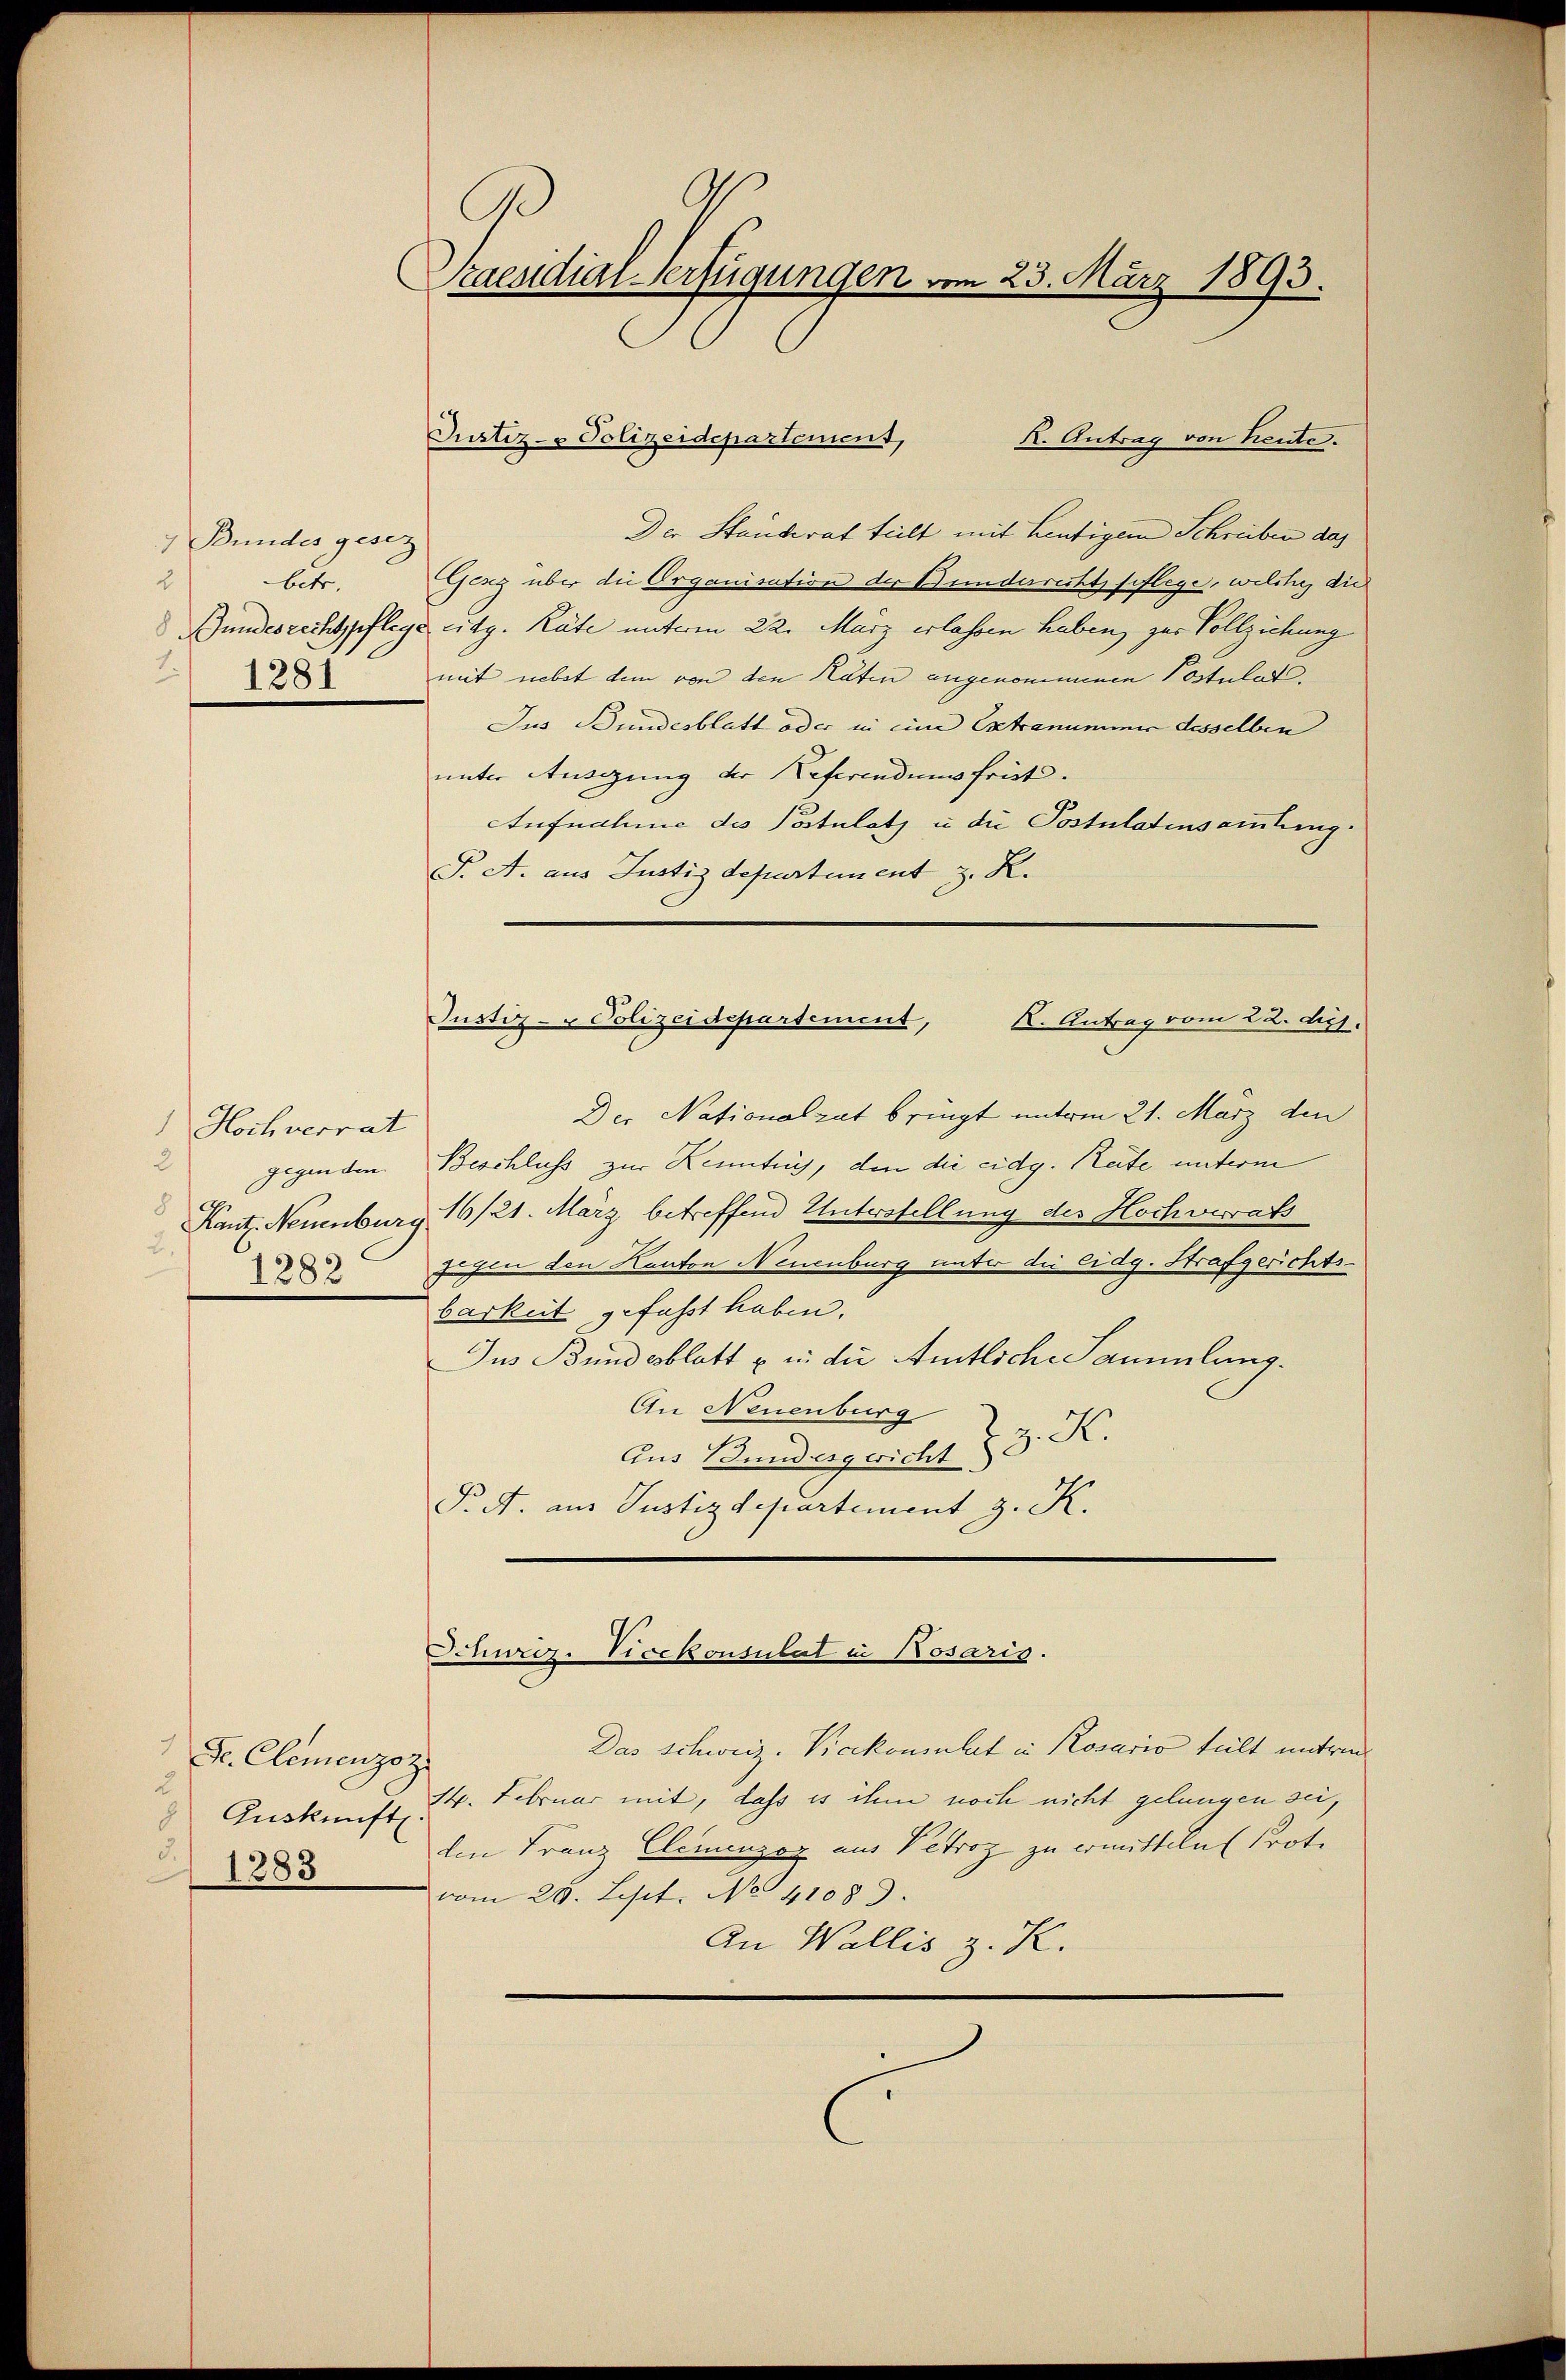
Bundes gesez
betr.
2
2) 1281

Hochverrat
8
2.
1282

Dr. Clemenzo z
2
Auskunft
3.
1283

Ad 6.
Praesidial-Verfügungen vom 23. März 1893.

Justiz- & Polizeidepartement,
K. Antrag von heute.
Der Standerat teilt mit heutigem Schreiben das
Gerz über die Organisation der Bundesrechtspflege, welche, die
Bundesrechtpflege eidg. Räte unterm 22. März erlassen haben, zur Vollziehung
mit nebst dem von den Räten angenommenen Postulate
Jus Bundesblatt oder in eine Extrannenen desselben
unter Ausgung der Referendums früh.
Aufnahme des Postulatz u die Postulatinsammlung
T. A. aus Justizdepartement z. R.
Justiz- & Polizeidepartement, K. Antrag vom 22. ds.
Der Nationalrat bringt unterm 21. März den
gegenden Beschluss zur Kenntny, den die eidg. Reite unterm
Kant. Neuenburg 16/21. März betreffend Unterstellung des Hochverrats
fuchen den Kanton Neuenburg unter die eidg. Strafgerichts-
barkeit gefahrt haben.
Jus Bundesblatt u. in die Amtliche Sammlung.
An Neuenburg
Aus Bunderzeicht 33. X
P. A. aus Justizdepartement z. K.

Schweiz. Vicekonsulat in Rosaris.

Das Schweiz. Vicekonsulat in Rosario teilt untere
14. Februar mit, dass es ihm noch nicht gelungen sei,
den Franz Elemenzoz aus Petroz zu ermitteln. Prote
vom 28. Lest. No. 41089.
An Wallis z. K.